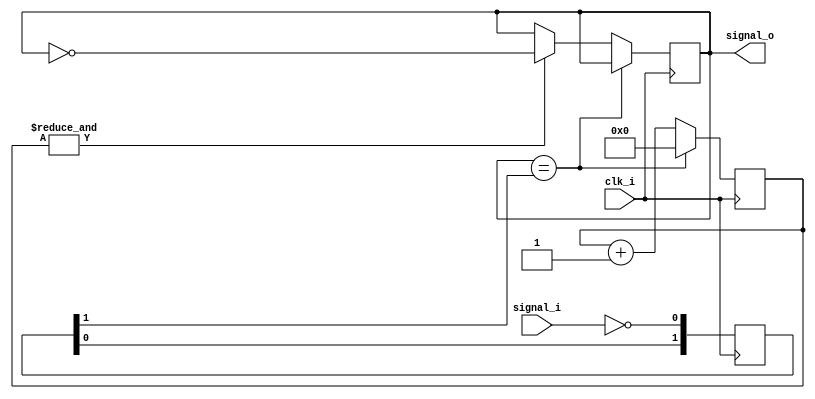
module debouncer(
	input clk_i, 
	input signal_i, 		//signal to filter (debounce) 
	output reg signal_o 	
    );

reg [1:0] sync = 2'b0;
always @(posedge clk_i) //2-bit flip flip based register
	sync <= {sync[0], ~signal_i};   
	
reg [15:0] counter = 16'b0; 

wire idle = (signal_o==sync[1]); //determines when signal is IDLE 
								 //(i.e. its state has no changed)
wire counter_max = &counter; 	//equals 1 when reaches FFFF
always @(posedge clk_i) begin 
	if(idle)
		counter <= 16'b0; 
	else begin 	//change signal_o state until signal has remained stable 
				//for 2**16 cycles.
		counter <= counter+16'b1; 
		if(counter_max) signal_o <= ~signal_o; 
	end
end 

endmodule